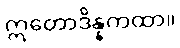
ဣတောဒိန္နကထာ။